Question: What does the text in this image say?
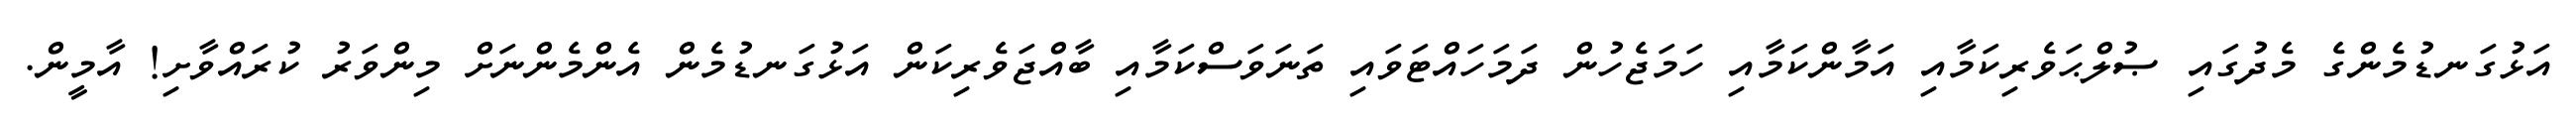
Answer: އަޅުގަނޑުމެންގެ މެދުގައި ޞުލްޙަވެރިކަމާއި އަމާންކަމާއި ހަމަޖެހުން ދަމަހައްޓަވައި ތަނަވަސްކަމާއި ބާއްޖަވެރިކަން އަޅުގަނޑުމެން އެންމެންނަށް މިންވަރު ކުރައްވާށި! އާމީން.